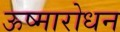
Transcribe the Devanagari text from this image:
ऊष्मारोधन